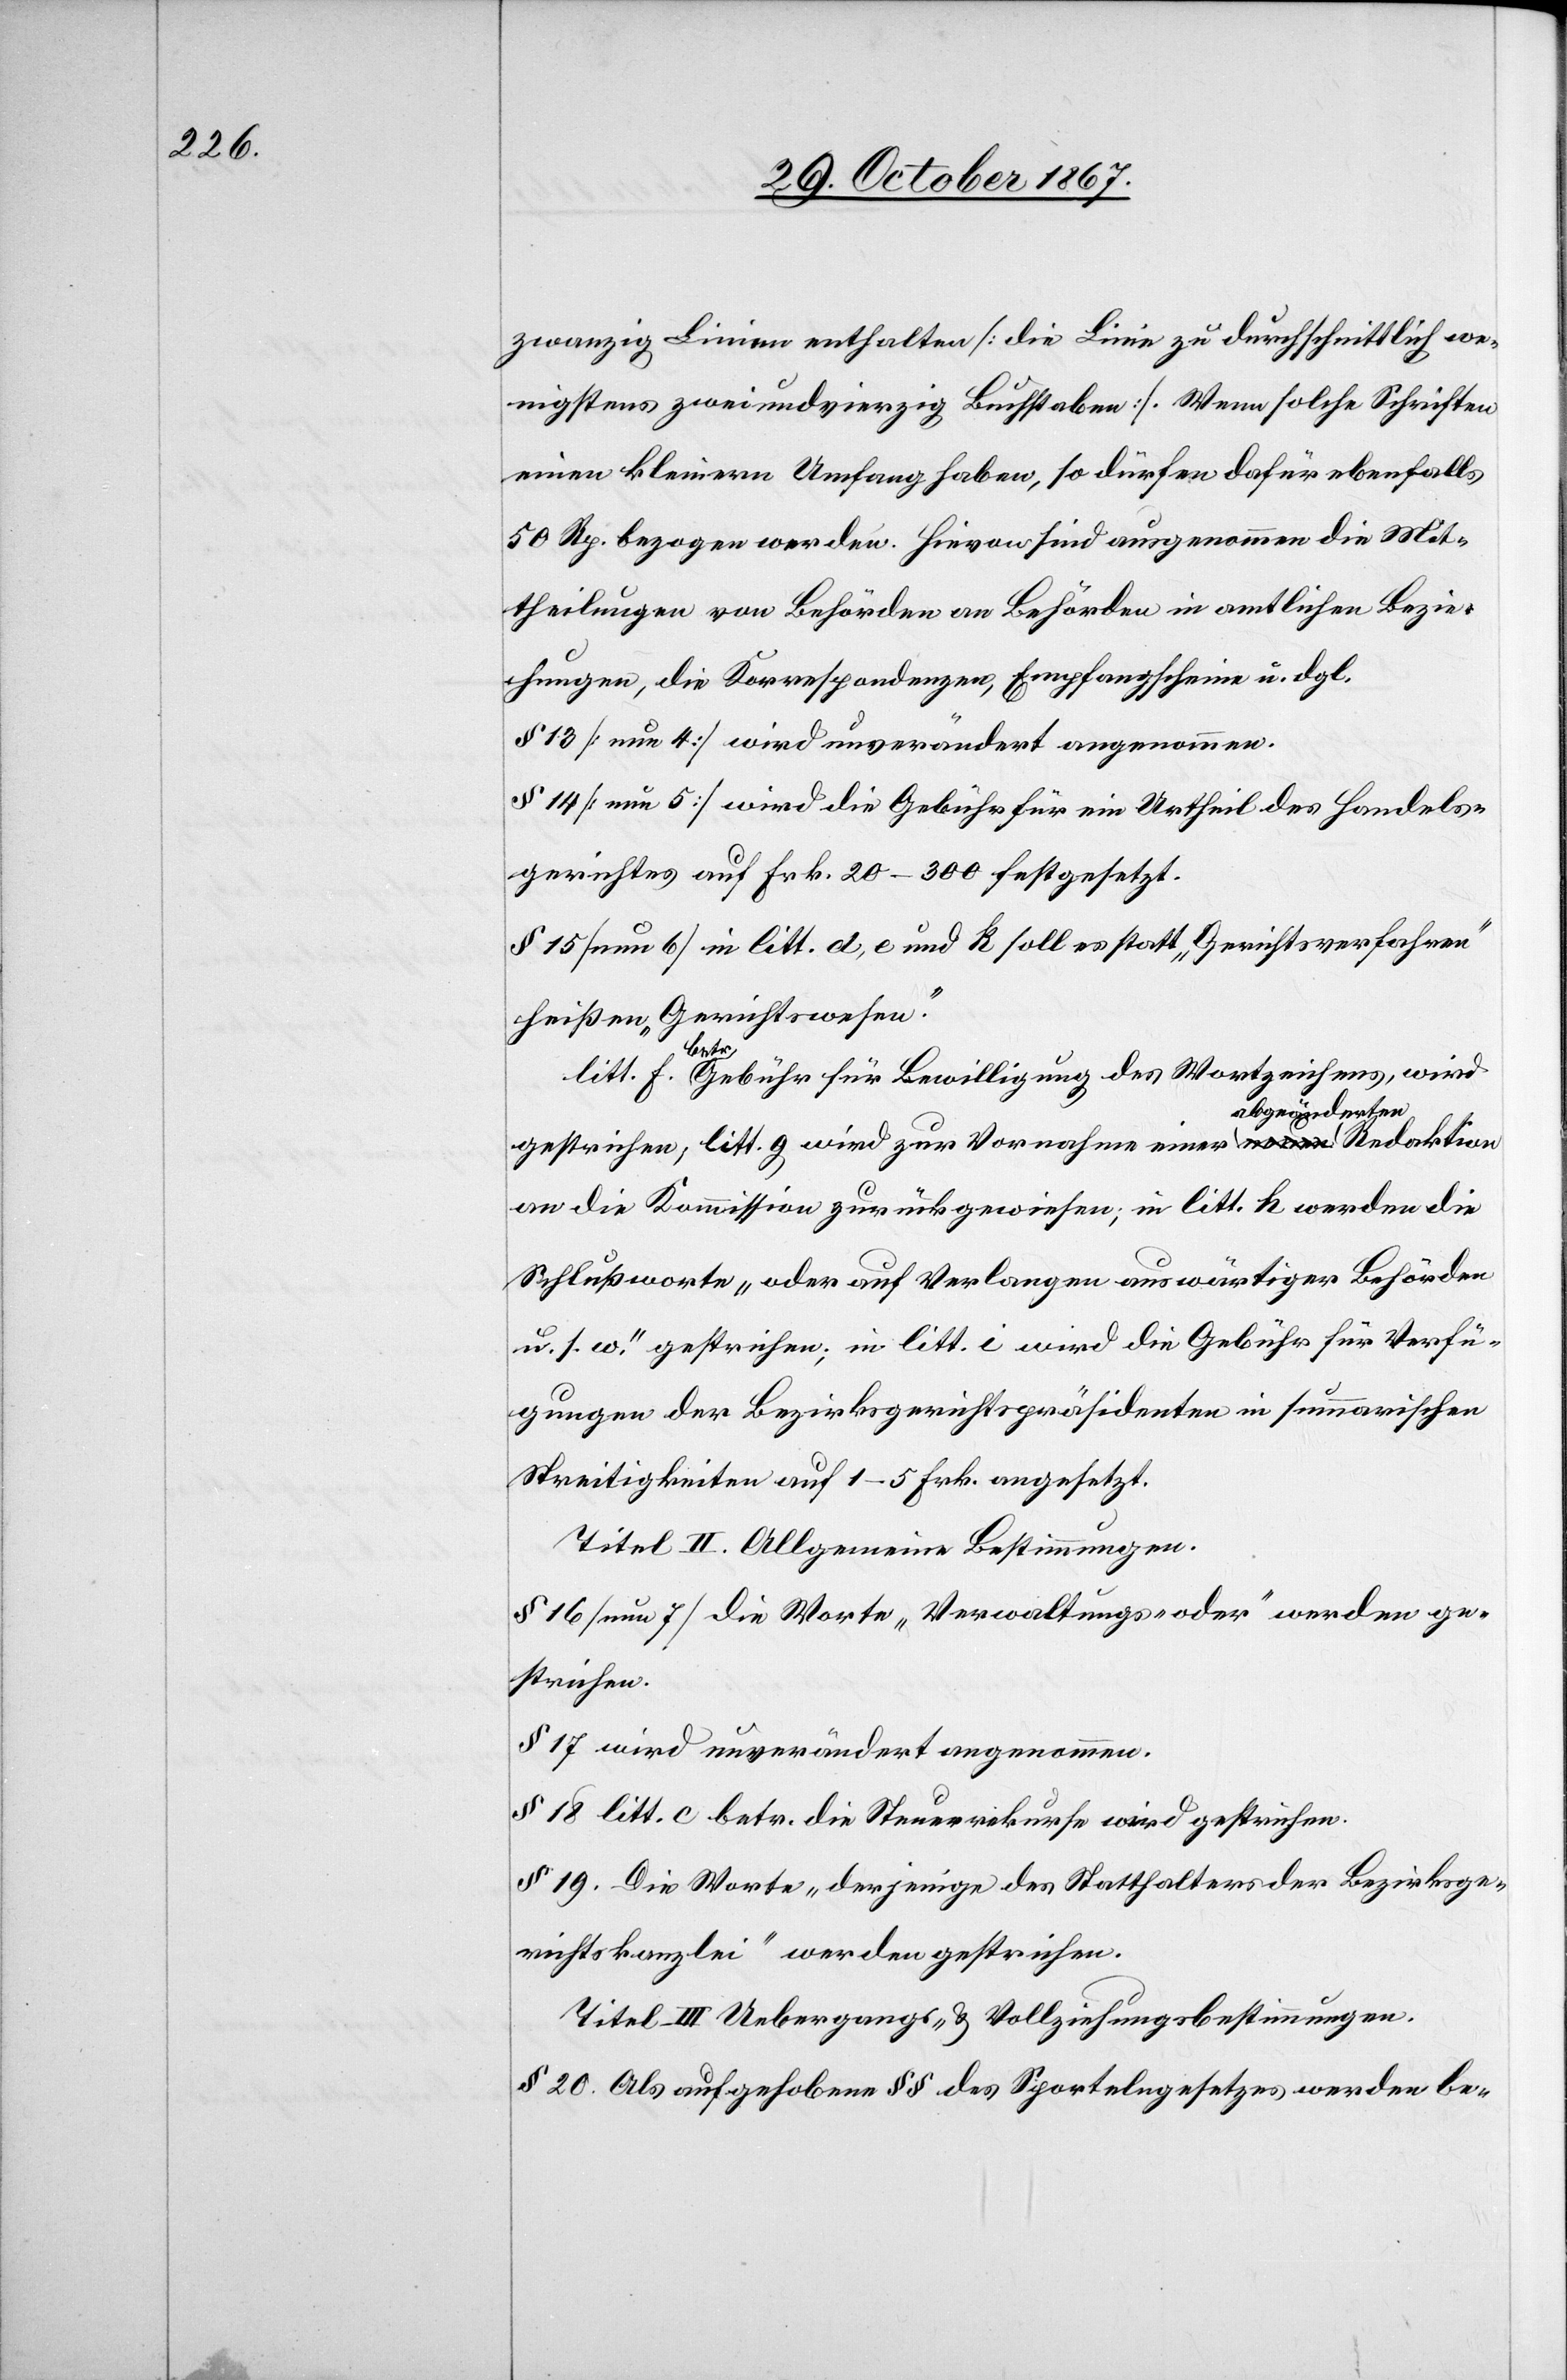
zwanzig Linien enthalten [die Linie zu durchschnittlich we¬
nigstens zweiundvierzig Buchstaben]. Wenn solche Schriften
einen kleinern Umfang haben, so dürfen dafür ebenfalls
50 Rp. bezogen werden. Hievon sind ausgenommen die Mit¬
theilungen von Behörden an Behörden in amtlichen Bezie¬
hungen, die Korrespondenzen, Empfangscheine u. dgl.
§ 13 [neu 4] wird unverändert angenommen.
§ 14 [neu 5] wird die Gebühr für ein Urtheil des Handels¬
gerichtes auf Frk. 20–300 festgesetzt.
§ 15 [neu 6] in litt. d, e und k soll es statt „Gerichtsverfahren“
heißen „Gerichtswesen“.
t. f.
betr. Gebühr für Bewilligung des Wortzeichens, wird
gestrichen, litt. g wird zur Vornahme einer abgeänderten Redaktion
an die Kommission zurückgewiesen; in litt. k werden die
Schlußworte „oder auf Verlangen auswärtiger Behörden
u. s. w.“ gestrichen; in litt. i wird die Gebühr für Verfü¬
gungen der Bezirksgerichtspräsidenten in summarischen
Streitigkeiten auf 1–5 Frk. angesetzt.
Titel II. Allgemeine Bestimmungen.
§ 16 [neu 7] die Worte „Verwaltungs- oder“ werden ge¬
strichen.
§ 17 wird unverändert angenommen.
§ 18 litt. c betr. die Steuerkurse wird gestrichen.
§ 19. Die Worte „derjenige des Statthalters der Bezirksge¬
richtskanzlei“ werden gestrichen.
Titel III Uebergangs- u. Vollziehungsbestimmungen.
§ 20 Als aufgehobene §§ des Sportelngesetzes werden be-